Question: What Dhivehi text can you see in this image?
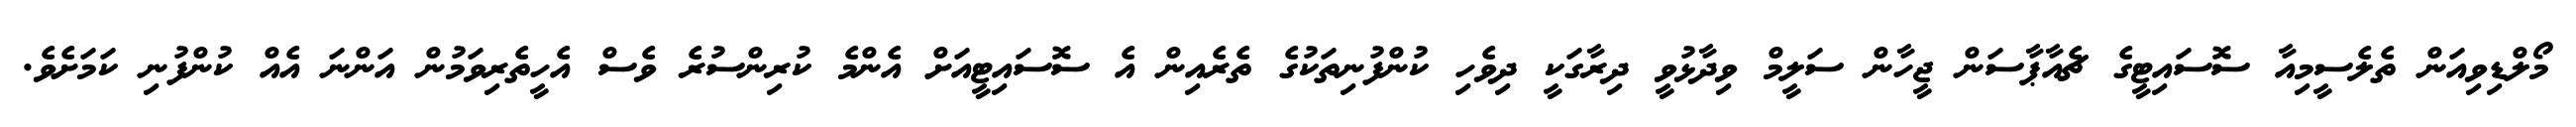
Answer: މޯލްޑިވިއަން ތެލެސީމިއާ ސޮސައިޓީގެ ޗެއާޕާސަން ޖީހާން ސަލީމް ވިދާޅުވީ ދިރާގަކީ ދިވެހި ކުންފުނިތަކުގެ ތެރެއިން އެ ސޮސައިޓީއަށް އެންމެ ކުރިންސުރެ ވެސް އެހީތެރިވަމުން އަންނަ އެއް ކުންފުނި ކަމަށެވެ.